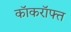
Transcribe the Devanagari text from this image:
कॉकरॉफ्त